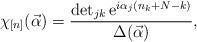
LaTeX: \begin{align*}\chi_{[n]}(\vec{\alpha}) = \frac{\det_{jk} \mbox{e}^{i \alpha_j (n_k+N-k)}} { \Delta(\vec{\alpha}) },\end{align*}